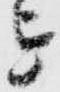
を